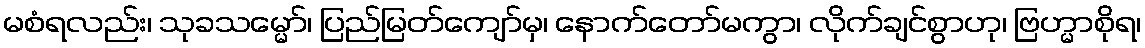
မစံရလည်း၊ သုခသမ္မော်၊ ပြည်မြတ်ကျော်မှ၊ နောက်တော်မကွာ၊ လိုက်ချင်စွာဟု၊ ဗြဟ္မာစိုရ၊